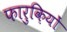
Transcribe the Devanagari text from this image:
फारुक़ियों